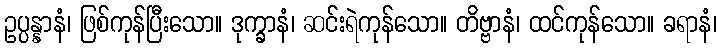
ဥပ္ပန္နာနံ၊ ဖြစ်ကုန်ပြီးသော။ ဒုက္ခာနံ၊ ဆင်းရဲကုန်သော။ တိဗ္ဗာနံ၊ ထင်ကုန်သော။ ခရာနံ၊